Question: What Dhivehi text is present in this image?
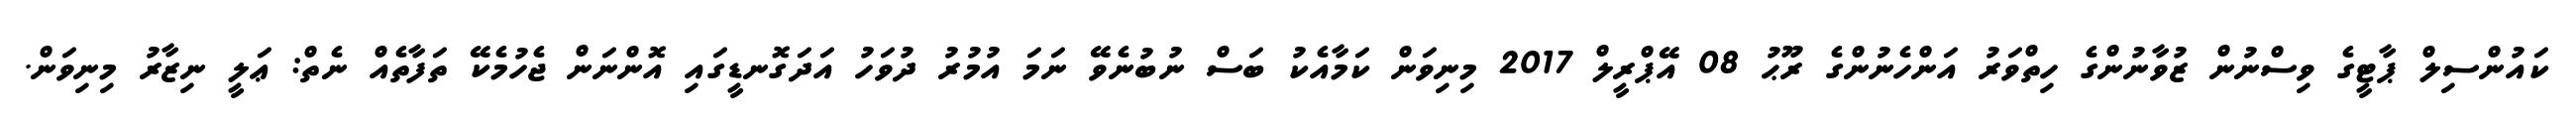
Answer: ކައުންސިލް ޕާޓީގެ ވިސްނުން ޒުވާނުންގެ ހިތްވަރު އަންހެނުންގެ ރޫޙު 08 އޭޕްރީލް 2017 މިނިވަން ކަމާއެކު ބަސް ނުބުނެވޭ ނަމަ އުމުރު ދުވަހު އަދަގޮނޑީގައި އޮންނަން ޖެހުމެކޭ ތަފާތެއް ނެތް: ޢަލީ ނިޒާރު މިނިވަން.